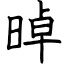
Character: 晫